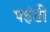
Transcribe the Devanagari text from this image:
पहंडी